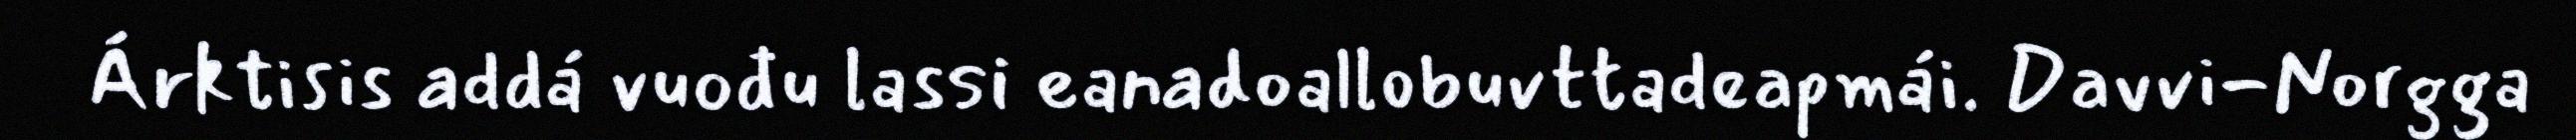
Árktisis addá vuođu lassi eanadoallobuvttadeapmái. Davvi-Norgga